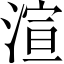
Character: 渲